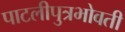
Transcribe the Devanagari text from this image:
पाटलीपुत्रभोवती